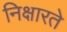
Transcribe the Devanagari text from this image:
निक्षारते